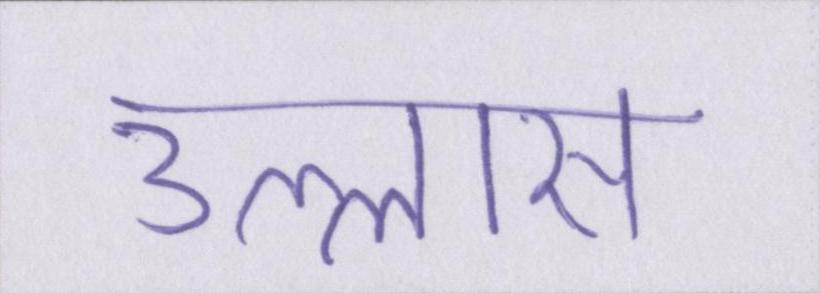
उल्लास